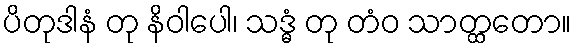
ပိတုဒါနံ တု နိဝါပေါ၊ သဒ္ဓံ တု တံဝ သာတ္ထတော။